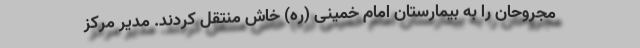
مجروحان را به بیمارستان امام خمینی (ره) خاش منتقل کردند. مدیر مرکز